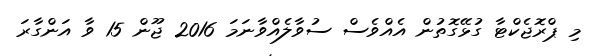
މި ޕްރޮޖެކްޓާ ގުޅޭގޮތުން އެއްވެސް ސުވާލެއްވާނަމަ 2016 ޖޫން 15 ވާ އަންގާރަ